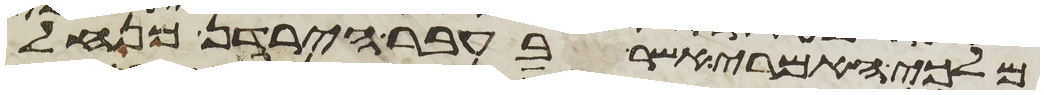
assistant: מלכי האמרי אשר בעבר הירדן מנחל